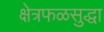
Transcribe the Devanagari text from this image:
क्षेत्रफळसुद्धा